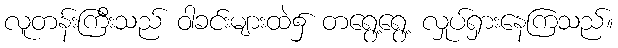
လူတန်းကြီးသည် ဝါခင်းများထဲ၌ တရွေ့ရွေ့ လှုပ်ရှားနေကြသည်။